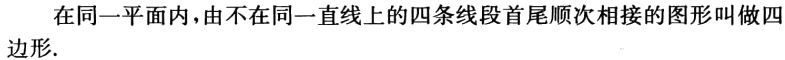
在同一平面内，由不在同一直线上的四条线段首尾顺次相接的图形叫做四边形.